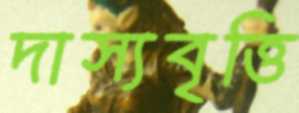
দাস্যবৃত্তি